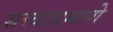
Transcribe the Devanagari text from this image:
सत्त्वाप्रमाणे